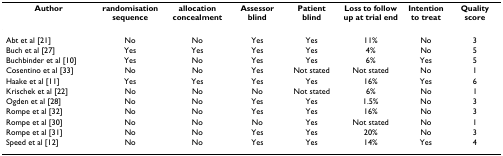
<table><thead><tr><td><b>Author</b></td><td><b>randomisation sequence</b></td><td><b>allocation concealment</b></td><td><b>Assessor blind</b></td><td><b>Patient blind</b></td><td><b>Loss to follow up at trial end</b></td><td><b>Intention to treat</b></td><td><b>Quality score</b></td></tr></thead><tbody><tr><td>Abt et al [21]</td><td>No</td><td>No</td><td>Yes</td><td>Yes</td><td>11%</td><td>No</td><td>3</td></tr><tr><td>Buch et al [27]</td><td>Yes</td><td>Yes</td><td>Yes</td><td>Yes</td><td>4%</td><td>No</td><td>5</td></tr><tr><td>Buchbinder et al [10]</td><td>Yes</td><td>No</td><td>Yes</td><td>Yes</td><td>6%</td><td>Yes</td><td>5</td></tr><tr><td>Cosentino et al [33]</td><td>No</td><td>No</td><td>Yes</td><td>Not stated</td><td>Not stated</td><td>No</td><td>1</td></tr><tr><td>Haake et al [11]</td><td>Yes</td><td>Yes</td><td>Yes</td><td>Yes</td><td>16%</td><td>Yes</td><td>6</td></tr><tr><td>Krischek et al [22]</td><td>No</td><td>No</td><td>No</td><td>Not stated</td><td>6%</td><td>No</td><td>1</td></tr><tr><td>Ogden et al [28]</td><td>No</td><td>No</td><td>Yes</td><td>Yes</td><td>1.5%</td><td>No</td><td>3</td></tr><tr><td>Rompe et al [32]</td><td>No</td><td>No</td><td>Yes</td><td>Yes</td><td>16%</td><td>No</td><td>3</td></tr><tr><td>Rompe et al [30]</td><td>No</td><td>No</td><td>No</td><td>Yes</td><td>Not stated</td><td>No</td><td>1</td></tr><tr><td>Rompe et al [31]</td><td>No</td><td>No</td><td>Yes</td><td>Yes</td><td>20%</td><td>No</td><td>3</td></tr><tr><td>Speed et al [12]</td><td>No</td><td>No</td><td>Yes</td><td>Yes</td><td>14%</td><td>Yes</td><td>4</td></tr></tbody></table>